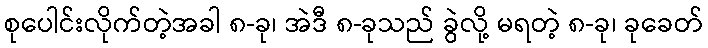
စုပေါင်းလိုက်တဲ့အခါ ၈-ခု၊ အဲဒီ ၈-ခုသည် ခွဲလို့ မရတဲ့ ၈-ခု၊ ခုခေတ်